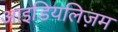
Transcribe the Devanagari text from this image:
आइडियलिज़म